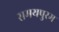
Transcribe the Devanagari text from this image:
समयपुरम